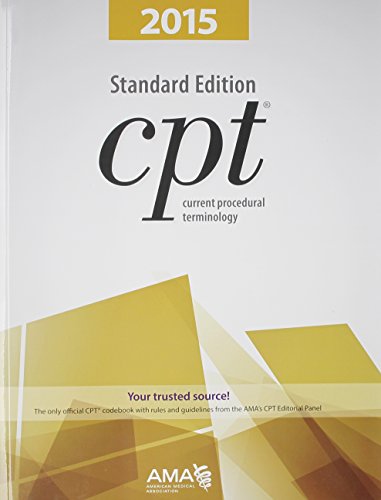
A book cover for CPT: 2015 Standard (Current Procedural Terminology (CPT) Standard); AMA; Medical Books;